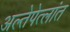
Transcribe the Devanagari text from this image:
अल्तेपेत्लांत